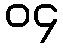
၀၄